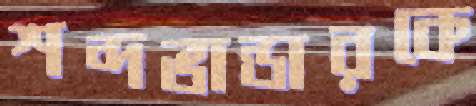
শব্দভান্ডারকে